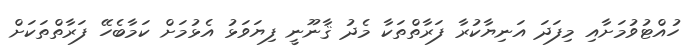
ހުއްޓުވުމަށާއި މިފަދަ އަނިޔާކުރާ ފަރާތްތަކާ މެދު ޤާނޫނީ ފިޔަވަޅު އެޅުމަށް ކަމާބެހޭ ފަރާތްތަކަށް